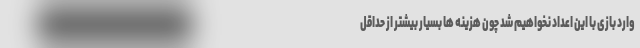
وارد بازی با این اعداد نخواهیم شد چون هزینه ها بسیار بیشتر از حداقل